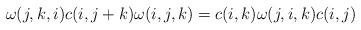
LaTeX: \begin{align*} \omega(j,k,i)c(i, j+k)\omega(i,j,k)=c(i,k)\omega(j,i,k) c(i,j)\end{align*}